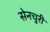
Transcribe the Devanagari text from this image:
सेनचुरी